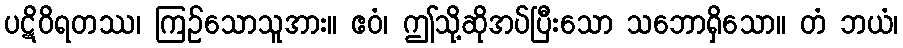
ပဋိဝိရတဿ၊ ကြဉ်သောသူအား။ ဧဝံ၊ ဤသို့ဆိုအပ်ပြီးသော သဘောရှိသော။ တံ ဘယံ၊